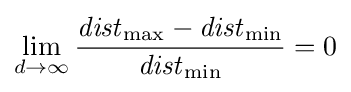
\lim _{d\to \infty }{\frac {{\mathit {dist}}_{\max }-{\mathit {dist}}_{\min }}{{\mathit {dist}}_{\min }}}=0